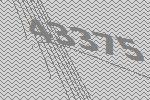
43375